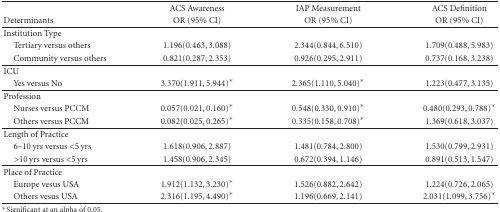
<table><thead><tr><td></td><td><b>ACS Awareness</b></td><td><b>IAP Measurement</b></td><td><b>ACS Definition</b></td></tr><tr><td><b>Determinants</b></td><td><b>OR (95% CI)</b></td><td><b>OR (95% CI)</b></td><td><b>OR (95% CI)</b></td></tr></thead><tbody><tr><td>Institution Type</td><td></td><td></td><td></td></tr><tr><td> Tertiary versus others</td><td>1.196(0.463,3.088)</td><td>2.344(0.844,6.510)</td><td>1.709(0.488,5.983)</td></tr><tr><td> Community versus others</td><td>0.821(0.287,2.353)</td><td>0.926(0.295,2.911)</td><td>0.737(0.168,3.238)</td></tr><tr><td>ICU</td><td></td><td></td><td></td></tr><tr><td> Yes versus No</td><td>3.370(1.911,5.944)*</td><td>2.365(1.110,5.040)*</td><td>1.223(0.477,3.135)</td></tr><tr><td>Profession</td><td></td><td></td><td></td></tr><tr><td> Nurses versus PCCM</td><td>0.057(0.021,0.160)*</td><td>0.548(0.330,0.910)*</td><td>0.480(0.293,0.788)*</td></tr><tr><td> Others versus PCCM</td><td>0.082(0.025,0.265)*</td><td>0.335(0.158,0.708)*</td><td>1.369(0.618,3.037)</td></tr><tr><td>Length of Practice</td><td></td><td></td><td></td></tr><tr><td> 6–10 yrs versus &lt;5 yrs</td><td>1.618(0.906,2.887)</td><td>1.481(0.784,2.800)</td><td>1.530(0.799,2.931)</td></tr><tr><td> &gt;10 yrs versus &lt;5 yrs</td><td>1.458(0.906,2.345)</td><td>0.672(0.394,1.146)</td><td>0.891(0.513,1.547)</td></tr><tr><td>Place of Practice</td><td></td><td></td><td></td></tr><tr><td> Europe vesus USA</td><td>1.912(1.132,3.230)*</td><td>1.526(0.882,2.642)</td><td>1.224(0.726,2.065)</td></tr><tr><td> Others vesus USA</td><td>2.316(1.195,4.490)*</td><td>1.196(0.669,2.141)</td><td>2.031(1.099,3.756)*</td></tr></tbody></table>